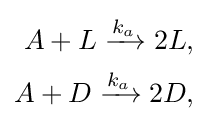
{\begin{aligned}A+L\xrightarrow {k_{a}} 2L,\\A+D\xrightarrow {k_{a}} 2D,\end{aligned}}